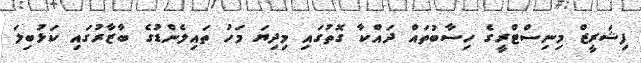
ފިޝަރީޒް މިނިސްޓްރީގެ ހިސާބުތައް ދައްކާ ގޮތުގައި މިދިޔަ މަހު ތައިލެންޑުގެ ބާޒާރުގައި ކަޅުބިލަ